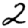
Digit: 2